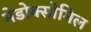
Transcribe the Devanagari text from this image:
मेडोक्सोमिल